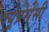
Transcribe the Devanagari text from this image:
क्यूप्रसेसी